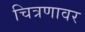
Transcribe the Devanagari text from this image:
चित्रणावर